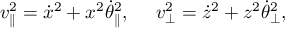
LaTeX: v _ { \parallel } ^ { 2 } = \dot { x } ^ { 2 } + x ^ { 2 } \dot { \theta } _ { \parallel } ^ { 2 } , \ \ \ \ v _ { \perp } ^ { 2 } = \dot { z } ^ { 2 } + z ^ { 2 } \dot { \theta } _ { \perp } ^ { 2 } ,